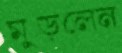
মুড়লেন